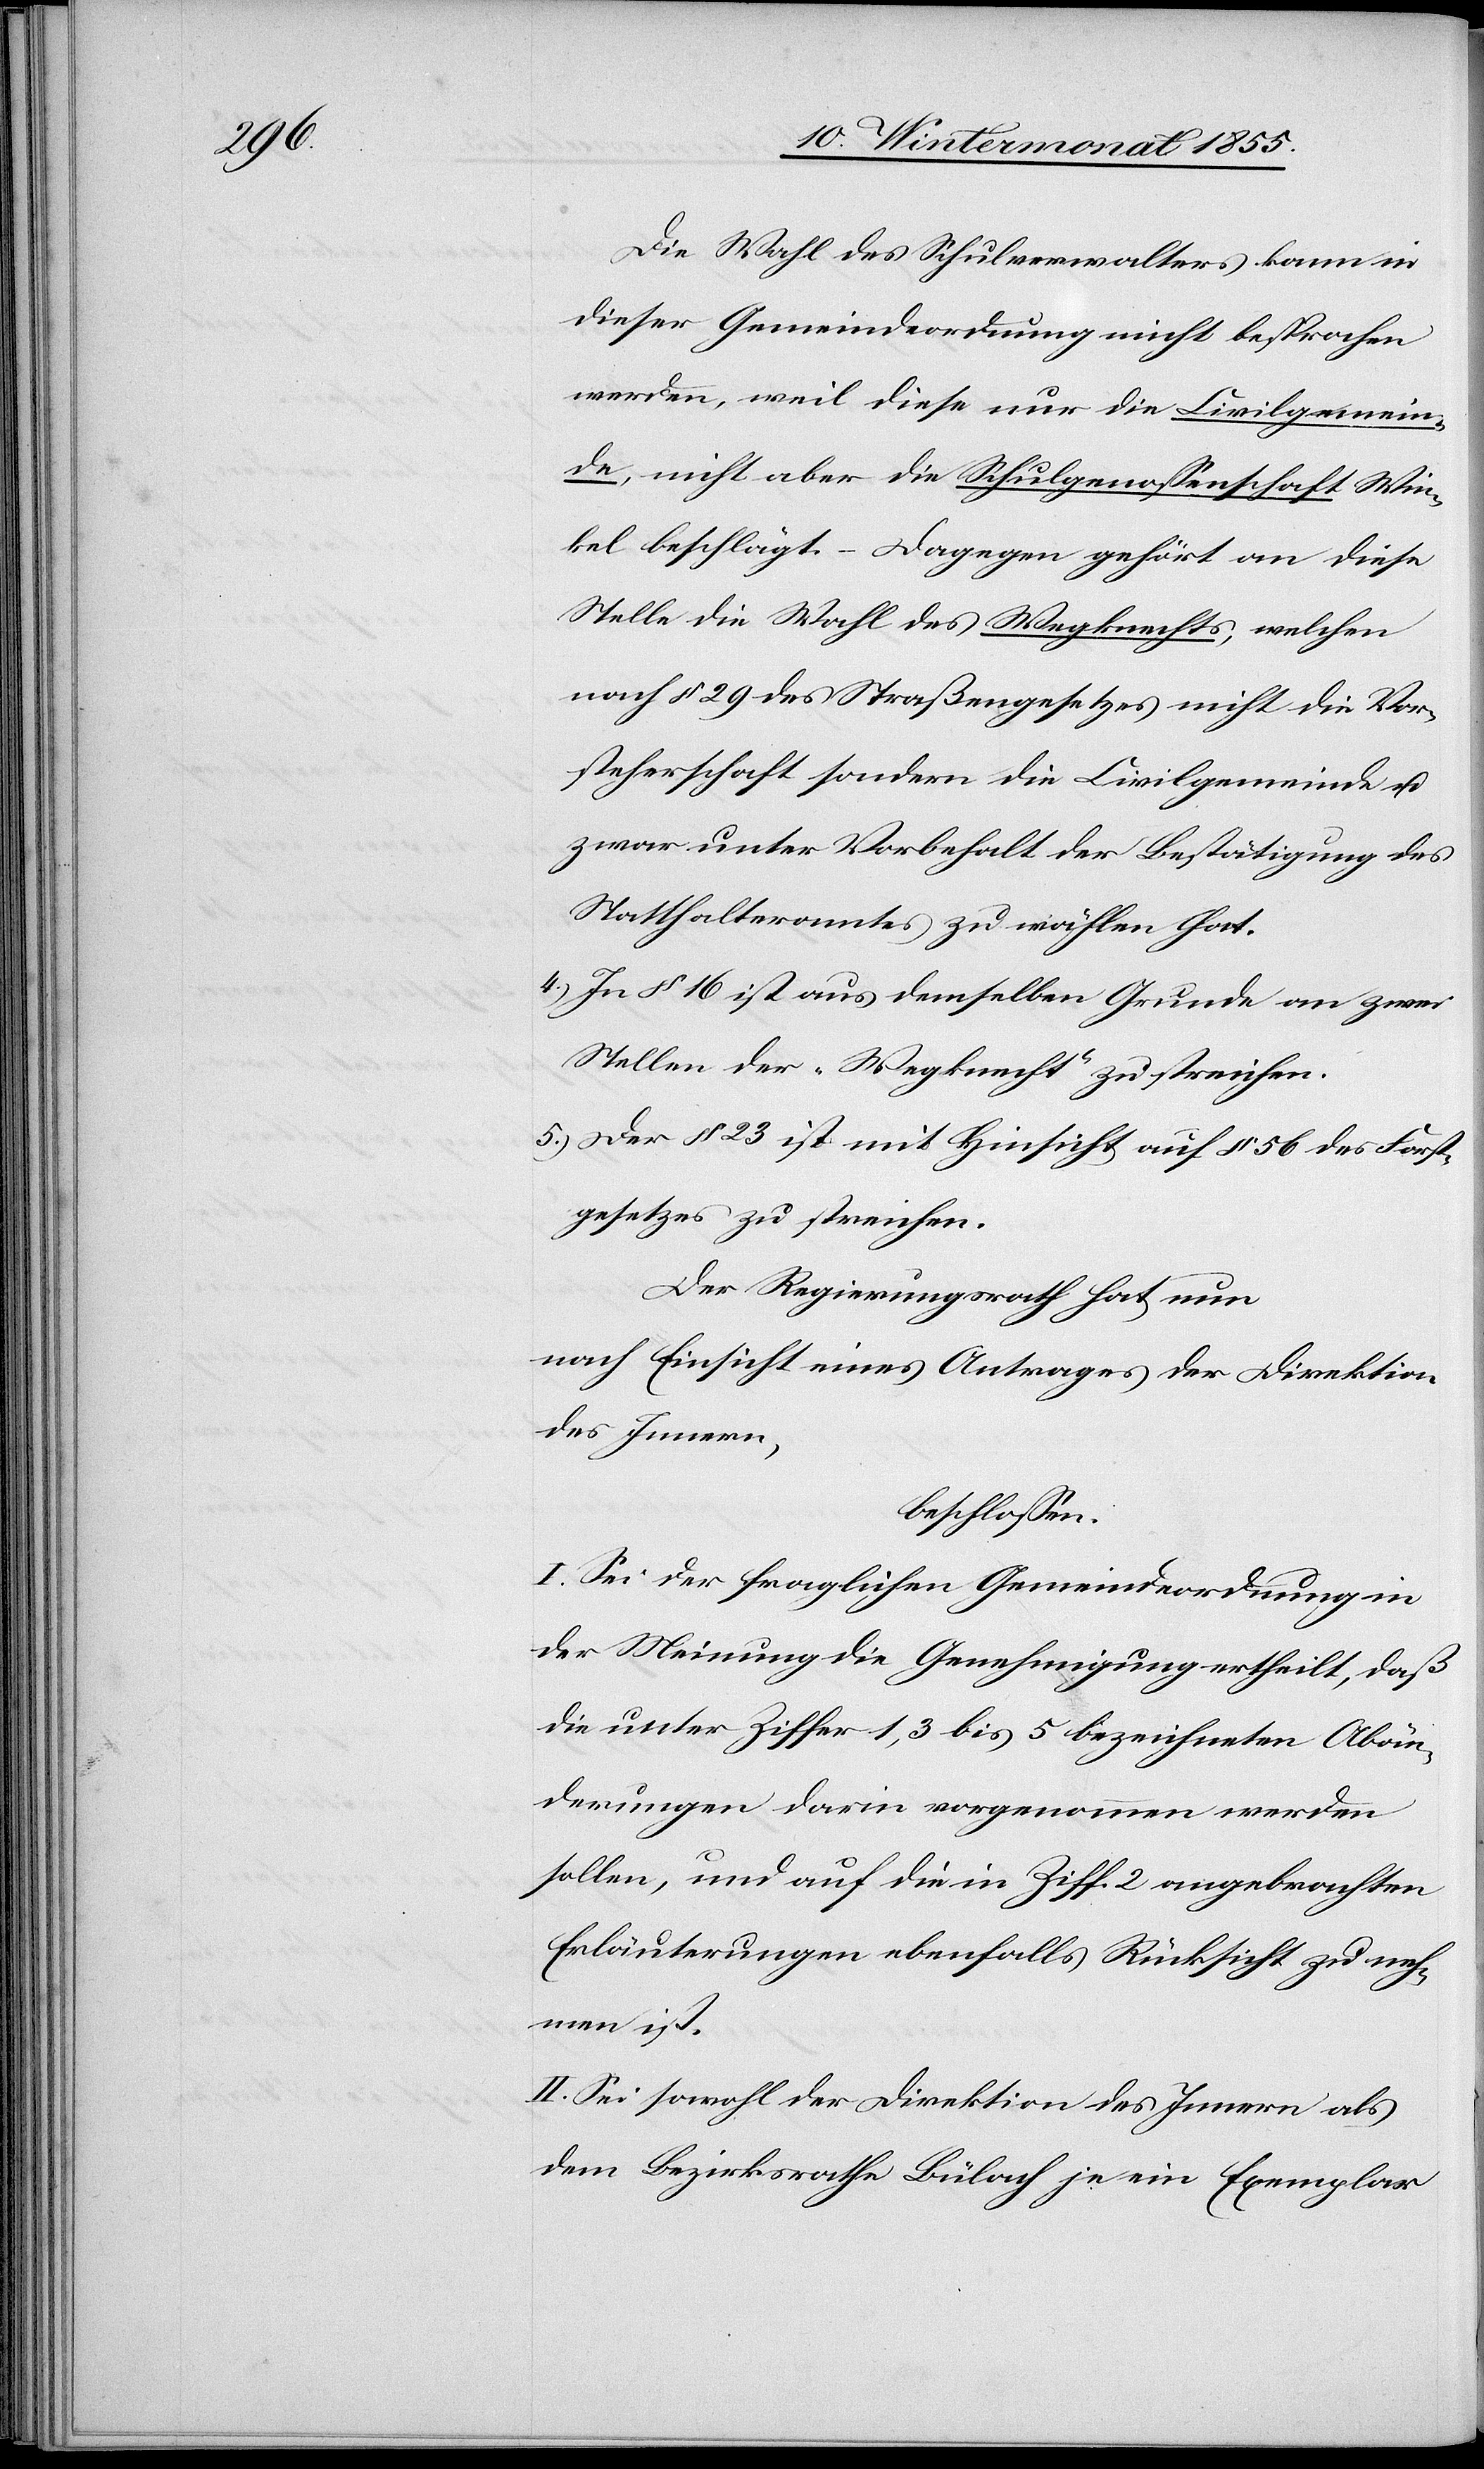
Die Wahl des Schulverwalters kann in
dieser Gemeindeordnung micht [recte:
werden, weil diese nur die Civilgemein¬
de, nicht aber die Schulgenossenschaft Win¬
kel beschlägt. – Dagegen gehört an diese
Stelle die Wahl des Wegknechts, welchen
nach § 29 des Straßengesetzes nicht die Vor¬
steherschaft sondern die Civilgemeinde u.
zwar unter Vorbehalt der Bestätigung des
Statthalteramtes zu wählen hat.
In § 16 ist aus demselben Grunde an zwei
Stellen der „Wegknecht“ zu streichen.
Der § 23 ist mit Hinsicht auf § 56 des Forst¬
gesetzes zu streichen.
Der Regierungsrath hat nun
nach Einsicht eines Antrages der Direktion
des Innern,
beschlossen:
I. Sei der fraglichen Gemeindeordnung in
der Meinung die Genehmigung ertheilt, daß
die unter Ziffer 1, 3 bis 5 bezeichneten Abän¬
derungen darin vorgenommen werden
sollen, und auf die in Ziff. 2 angebrachten
Erläuterungen ebenfalls Rücksicht zu neh¬
men ist.
II. Sei sowohl der Direktion des Innern als
dem Bezirksrathe Bülach je ein Exemplar